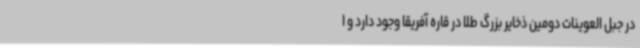
در جبل العوینات دومین ذخایر بزرگ طلا در قاره آفریقا وجود دارد و ا